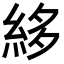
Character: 𥿫